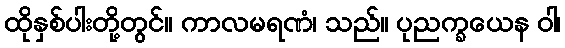
ထိုနှစ်ပါးတို့တွင်။ ကာလမရဏံ၊ သည်။ ပုညက္ခယေန ဝါ၊